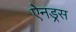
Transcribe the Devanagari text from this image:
ऐनड्रस